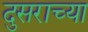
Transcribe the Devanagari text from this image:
दुसराच्या